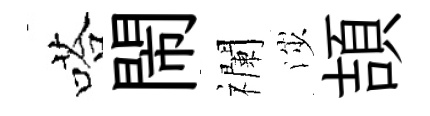
嗒閙襴渉頡